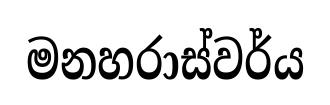
මනහරාස්වර්ය